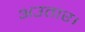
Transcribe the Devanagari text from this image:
अउतार।